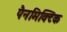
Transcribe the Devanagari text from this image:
पैनमिक्टिक